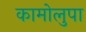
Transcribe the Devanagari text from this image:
कामोलुपा